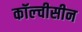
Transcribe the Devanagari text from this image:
कॉल्चीसीन